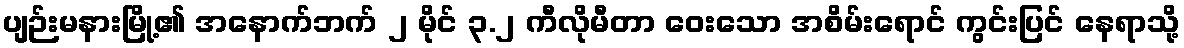
ပျဉ်းမနားမြို့၏ အနောက်ဘက် ၂ မိုင် ၃.၂ ကီလိုမီတာ ဝေးသော အစိမ်းရောင် ကွင်းပြင် နေရာသို့